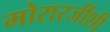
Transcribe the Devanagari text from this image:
मोरारजींशी